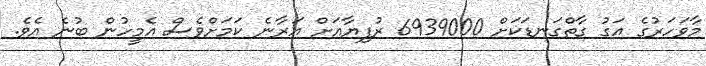
މާވަހަރުގެ އަގު ގާތްގަނޑަކަށް 6939000 ރުފިޔާއަށް އަރާނެ ކަމަށްވެސް އެމީހުން ބުނެ އެވެ.